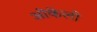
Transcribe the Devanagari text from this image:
ओकेली